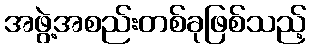
အဖွဲ့အစည်းတစ်ခုဖြစ်သည့်